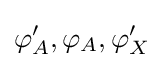
\varphi '_{A},\varphi _{A},\varphi '_{X}